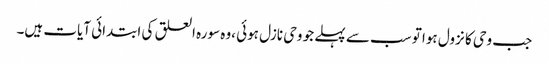
جب وحی کا نزول ہوا تو سب سے پہلے جو وحی نازل ہوئی ،وہ سورہ العلق کی ابتدائی آیات ہیں۔